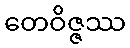
တေဝိဇ္ဇဿ